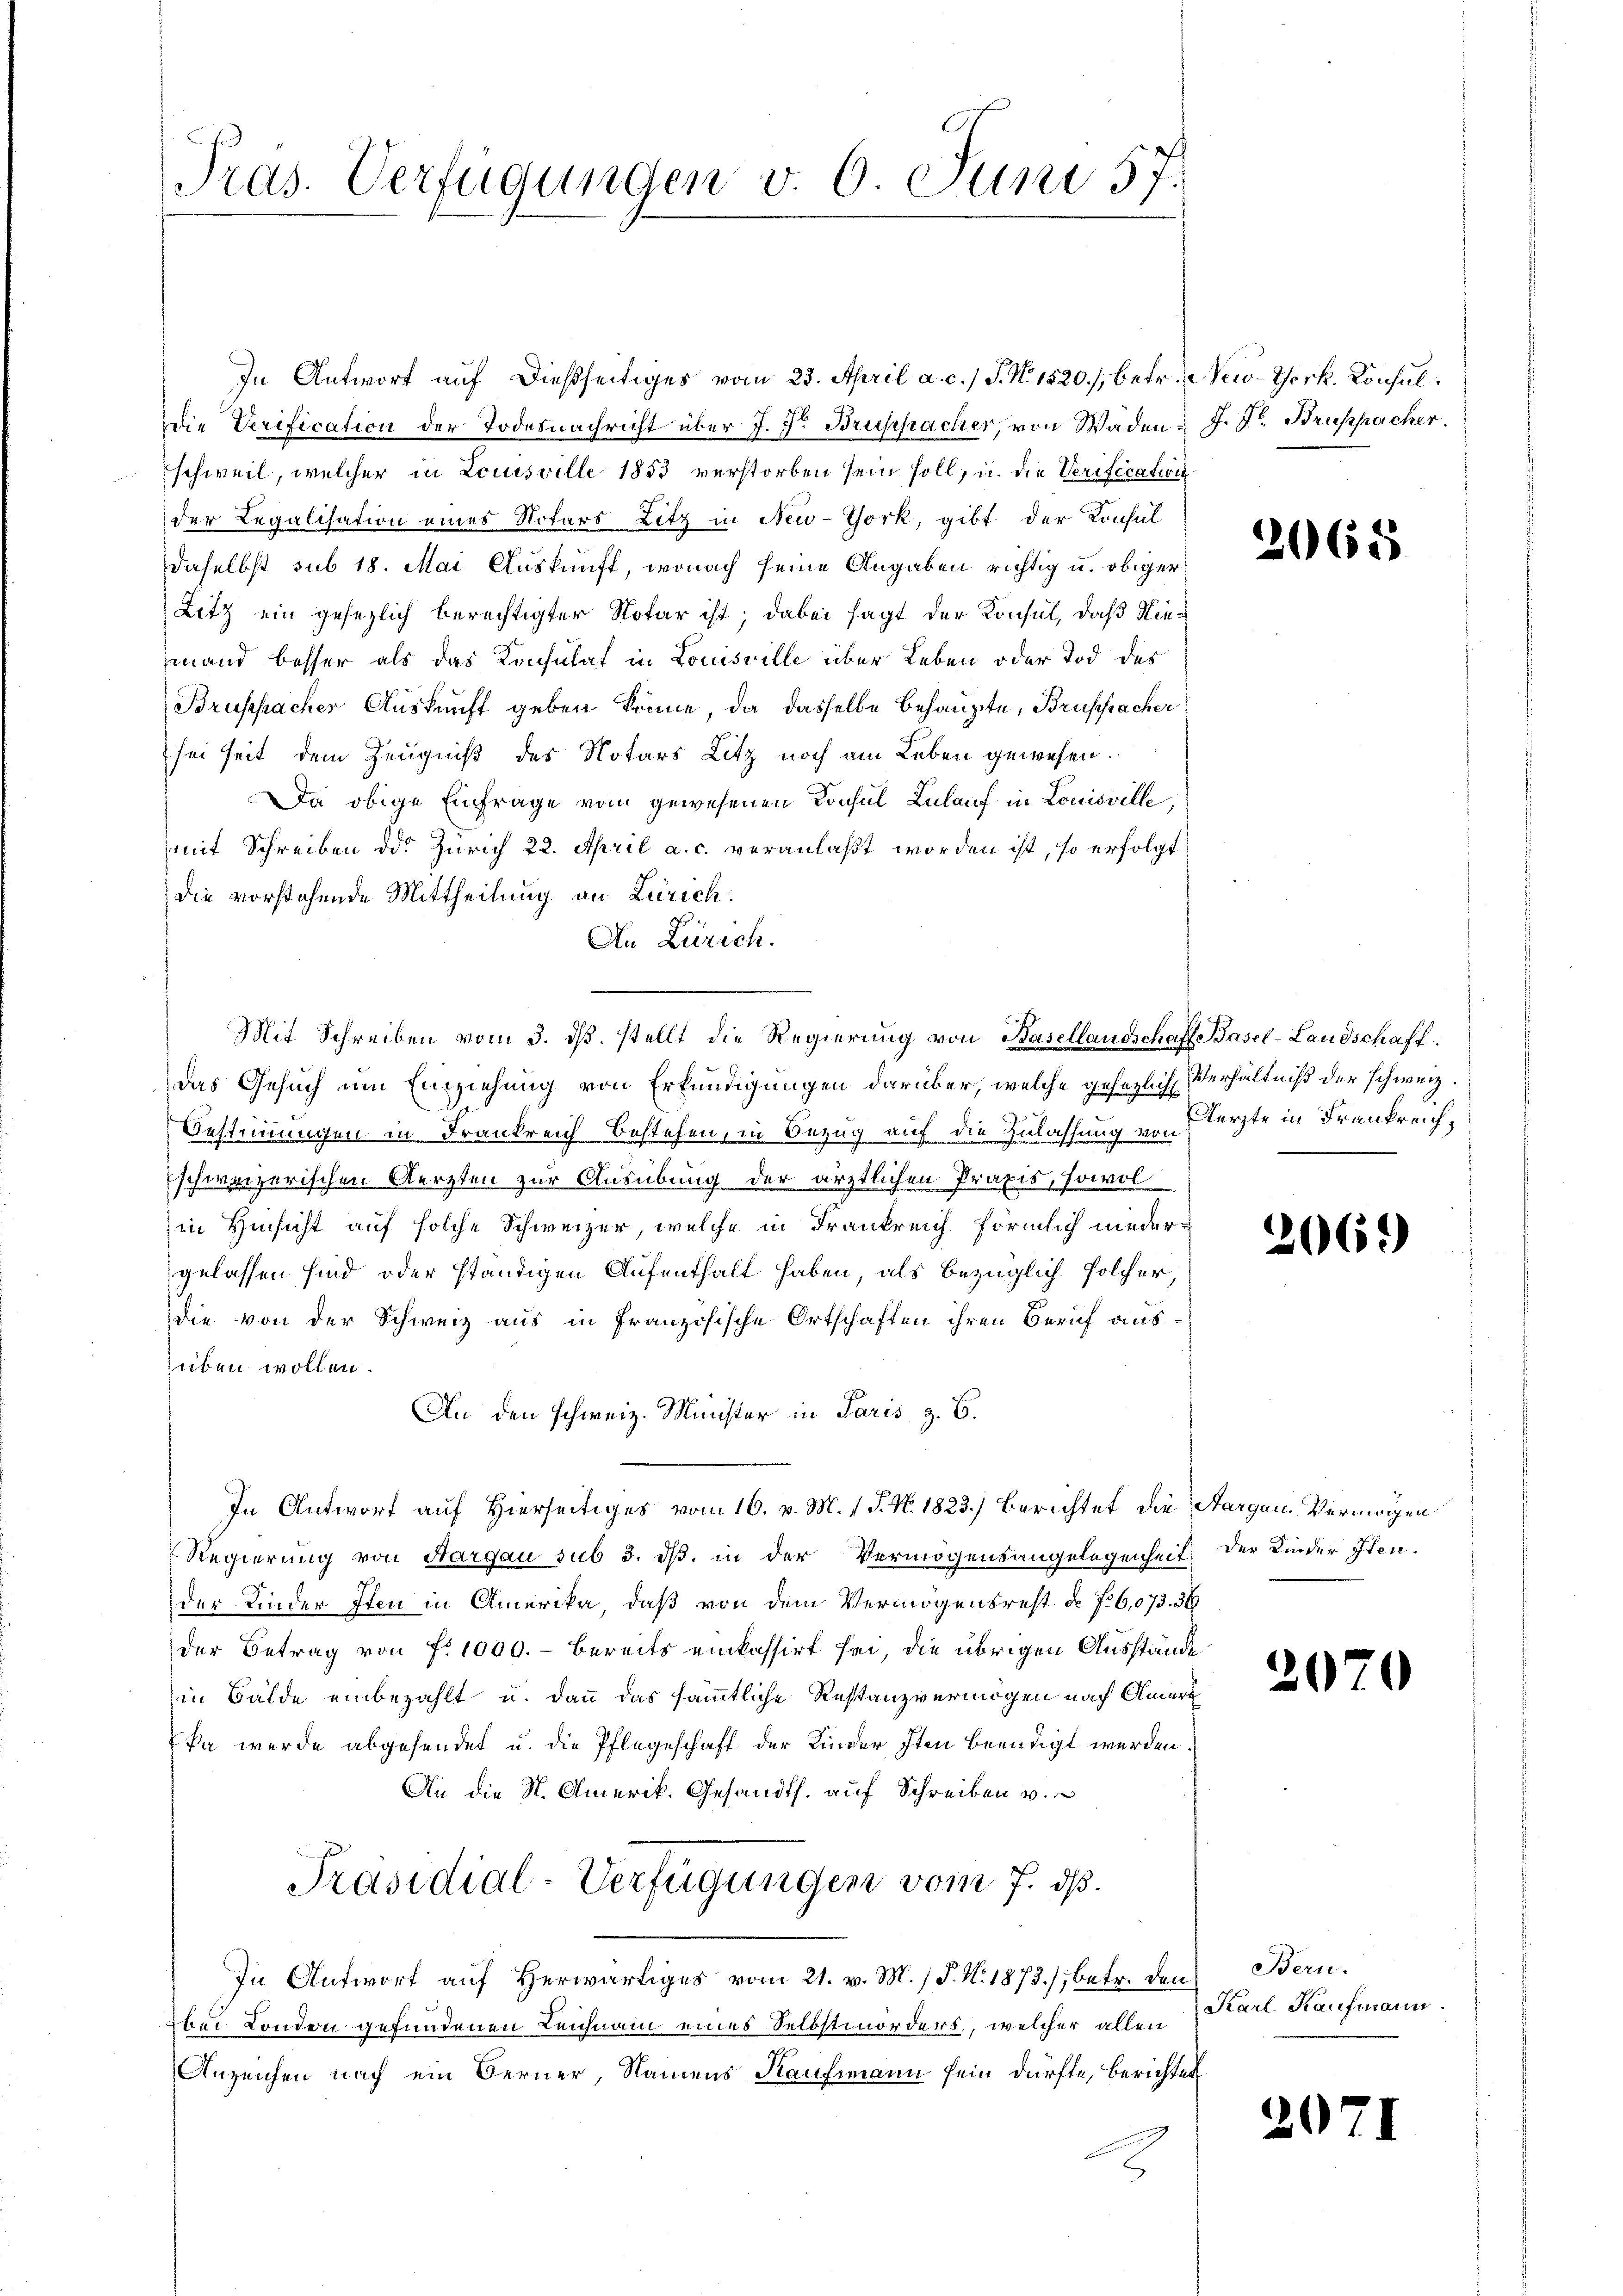
Pras. Verfügungen v. 6. Juni 57.

In Antwort auf dießseitiges vom 23. April a. c.) J. N. 1520, betr. New-York. Konsul¬
Die Verification der Todesnachricht über J. Hr. Bruppacher, von Wäden & J. Dr. Bruspacher.
schweil, welcher in Louisville 1853 verstorben sein soll, u. die Verification
der Regalisation eines Notars Litz in New-York, gibt der Konsul
daselbst sub 18. Mai Auskunft, wonach seine Angaben richtig u. obiger
Litz ein gesezlich berechtigter Notar ist; dabei sagt der Konsul, daß Niemand besser als das Konsulat in Louisville über Leben oder Tod des
Bruppacher Auskunft geben könne, da dasselbe behaupte, Brussacher
sei seit dem Zeugniß des Notars Litz noch am Leben gewesen.
Da obige Einfrage vom gewesenen Konsul Zulauf in Louisville,
mit Schreiben des Zürich 22. April a. c. veranlaßt worden ist, so erfolgt
die vorstehende Mittheilung an Zürich.
An Zürich.
Mit Schreiben vom 3. ds. stellt die Regierung von Basellandschaff Basel-Landschaft:
das Gesuch um Einziehung von Erkundigungen darüber, welche gesezlich Verhältniß der schweiz.
Bestimmungen in Frankreich Bestehen, in Bezug auf die Zulassung von Aerzte in Frankreichschweizerischen Aerzten zur Ausübung der ärztlichen Praxis, sowol
in Hinsicht auf solche Schweizer, welche in Frankreich förmlich niedergelassen sind oder ständigen Aufenthalt haben, als bezüglich solcher,
die von der Schweiz aus in Französische Ortschaften ihren Beruf aussüben wollen.
An den schweiz. Münster in Paris z. B.
In Antwort auf Hierseitiges vom 16. v. M. 1 S. N. 1823.) Berichtet die Aargau Vermögen
Regierung von Hargau sub 3. ds. in der Vermögensangelegenheit der Kinder Iten-
der Kinder Iten in Amerika, daß von dem Vermögensrest No 76,073. 36
der Betrag von f. 1000.- bereits einkassirt sei, die übrigen Ausstände
in Bälde einbezahlt u. dann das sämmtliche Restanzvermögen nach Ameri
ka werde abgesendet u. die Pflegeschaft der Kinder Iten beendigt werden.
An die N. Amerik. Gesandts. auf Schreiben v.
Präsidial-Verfügungen vom 7. ds.
In Antwort auf Herwärtiges vom 21. v. M. / P. N. 1873), betr. den Bern.
bei London gefundenen Leichnam eines Selbstmorders, welcher allen
Anzeichen nach ein Berner, Namens Kaufmann sein dürfte, berichtet

2068

2069)

2070

Karl Kaufmann.

207

I